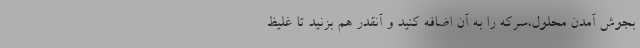
بجوش آمدن محلول،سرکه را به آن اضافه کنید و آنقدر هم بزنید تا غلیظ